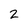
Character: 2